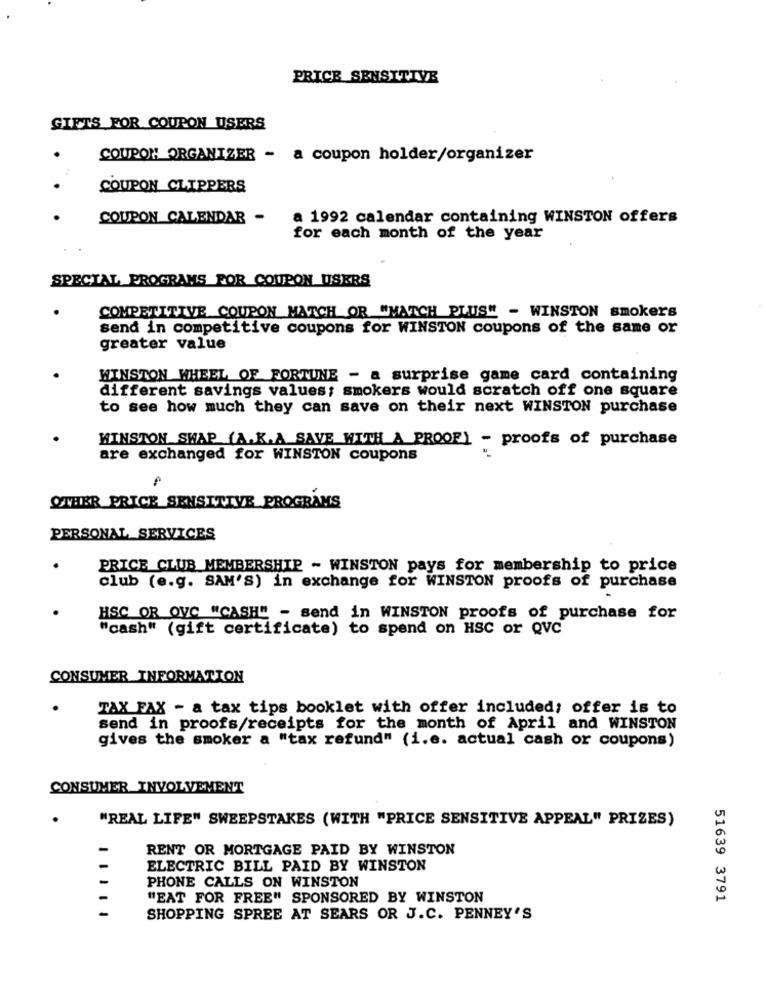
PRICE SENSITIVE
GIFTS FOR COUPON USERS
COUPOM ORGANIZER - a coupon holder/organizer
COUPON CLIPPERS
COUPON CALENDAR -
a 1992 calendar containing WINSTON offers
for each month of the year
SPECIAL PROGRAMS FOR COUPON USERS
COMPETITIVE COUPON MATCH OR "MATCH PLUS" - WINSTON smokers
send in competitive coupons for WINSTON coupons of the same or
greater value
WINSTON WHEEL OF FORTUNE - a surprise game card containing
different savings values; smokers would scratch off one square
to see how much they can save on their next WINSTON purchase
WINSTON SWAP (A.K.A SAVE WITH A PROOF) - proofs of purchase
are exchanged for WINSTON coupons
OTHER PRICE SENSITIVE PROGRAMS
PERSONAL_SERVICES
PRICE CLUB MEMBERSHIP - WINSTON pays for membership to price
club (e.g. SAM'S) in exchange for WINSTON proofs of purchase
HSC OR OVC "CASH" - send in WINSTON proofs of purchase for
"cash" (gift certificate) to spend on HSC or QVC
CONSUMER INFORMATION
TAX FAX - a tax tips booklet with offer included; offer is to
send in proofs/receipts for the month of April and WINSTON
gives the smoker a "tax refund" (i.e. actual cash or coupons)
CONSUMER INVOLVEMENT
"REAL LIFE" SWEEPSTAKES (WITH "PRICE SENSITIVE APPEAL" PRIZES)
RENT OR MORTGAGE PAID BY WINSTON
ELECTRIC BILL PAID BY WINSTON
PHONE CALLS ON WINSTON
"EAT FOR FREE" SPONSORED BY WINSTON
51639 3791
SHOPPING SPREE AT SEARS OR J.C. PENNEY'S